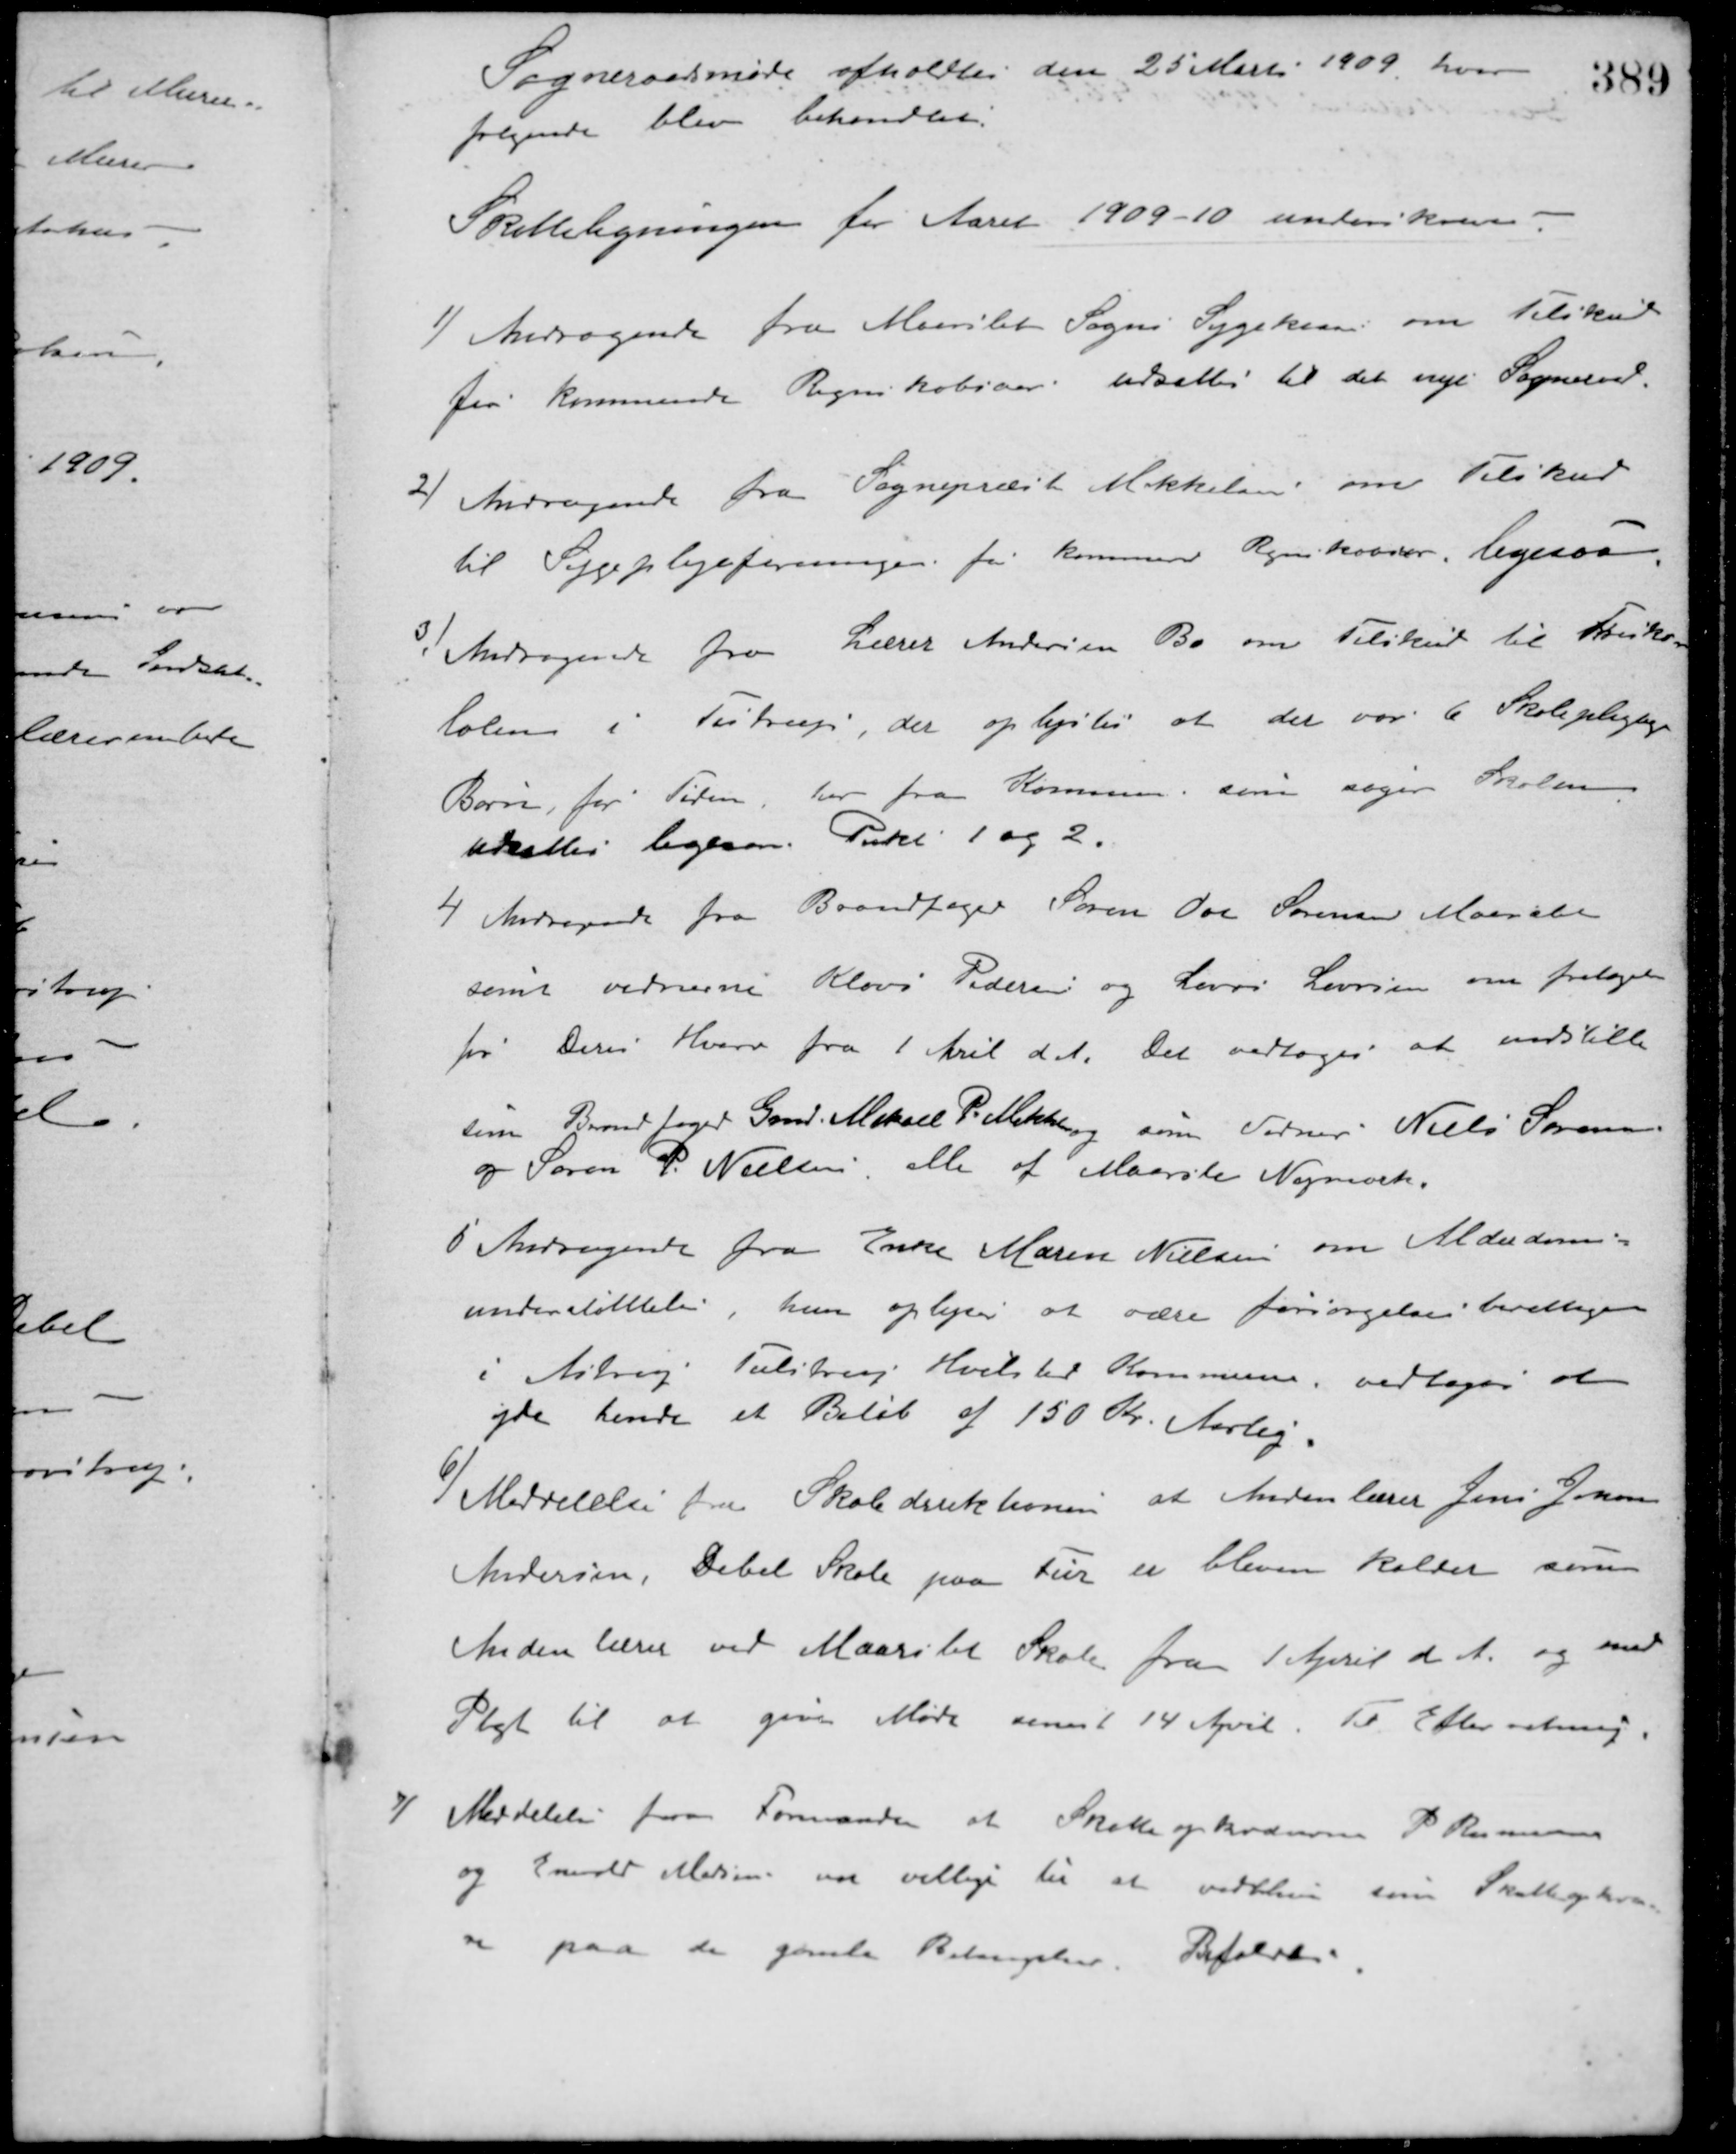
Transskription:
Sogneraadsmøde afholdtes den 25 Marts 1909 hvor
følgende blev behandlet.
Skatteligningen for Aaret 1909-10 underskreves.
1/ Andragende fra Maarslet Sogns Sygekasse om Tilskud
for kommende Regnskabsaar udsattes til det nye Sogneraad.
2/ Andragende fra Sognepræst Mikkelsen om Tilskud
til Sygeplejeforeningen for kommende Regnskabaar, ligesaa
3/ Andragende fra Lærer Andersen Bo om Tilskud til Frisko-
kolen i Testrup, der oplystes at der var 6 Skolepligtige
Børn, for Tiden, her fra Kommunen, som søger Skolen.
udsattes ligesom Punkt 1 og 2.
4 Andragende fra Brandfoged Søren Ove Sørensen Maarslet
samt vidnerne Klavs Pedersen og Laurs Laursen om fritagelse
for Deres Hverv fra 1 Aril d. A. Det vedtoges at indstille
som Brandfoged Gmd. Mikael P. Mikkelsen, som Vidner Niels Sørensen
og Søren P. Nielsen alle af Maarslet Nymark.
5 Andragende fra Enke Maren Nielsen om Alderdoms-
understøttelse, hun oplyses at være forsørgelsesberettiget
i Astrup Tulstrup Hvilsted Kommune, vedtoges at
yde hende et Beløb af 150 Kr. Aarlig.
6/ Meddelelse fra Skoledirektionen at Andenlærer Jens Jensen
Andersen, Debel Skole paa Fur er bleven kaldet som
Andenlærer ved Maarslet Skole fra 1 April d. A. og med
Pligt til at give Møde senest 14 April. Til Efterretning.
7/ Meddelelse fra Formanden at Skatteopkræverne P. Rasmussen
og Emil Madsen var villige til at vedblive som Skatteopkræve-
re paa de gamle Betingelser. Bifaldet.